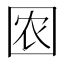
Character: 𱕽